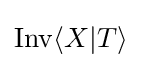
\mathrm {Inv} \langle X|T\rangle